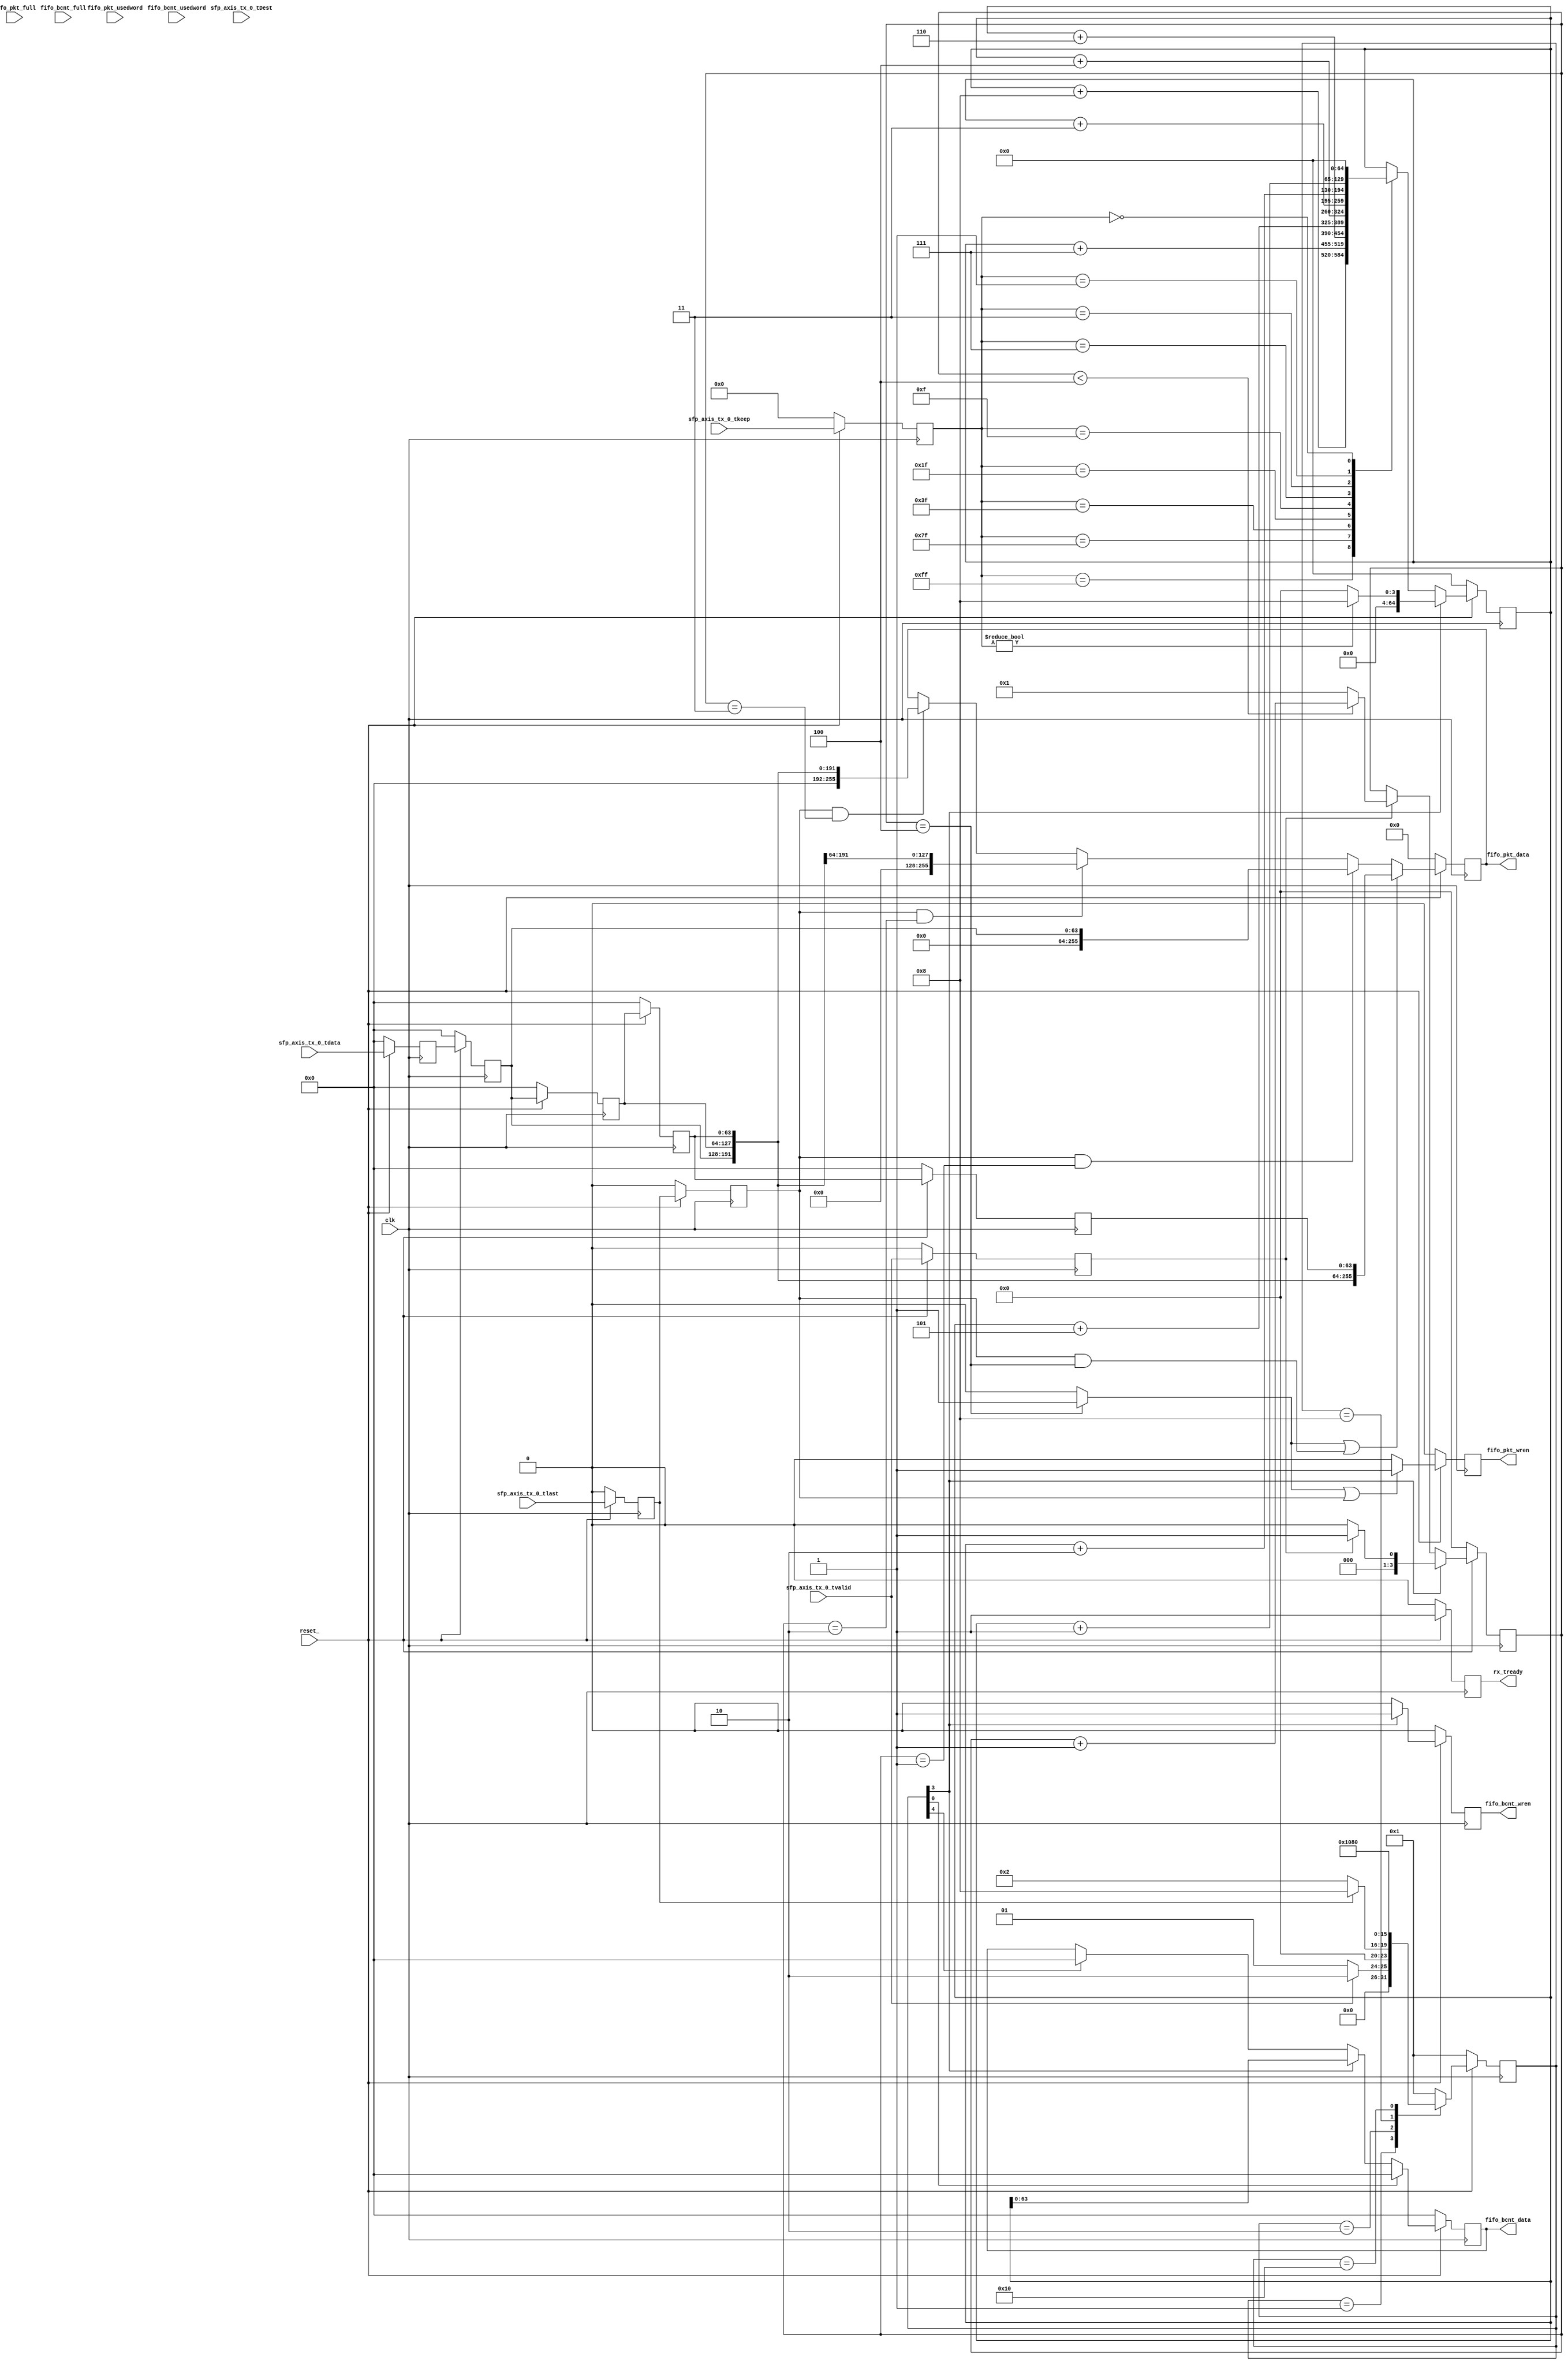
//****************************************************************
// December 6, 2022
//
// Licensed to the Apache Software Foundation (ASF) under one
// or more contributor license agreements.  See the NOTICE file
// distributed with this work for additional information
// regarding copyright ownership.  The ASF licenses this file
// to you under the Apache License, Version 2.0 (the
// "License"); you may not use this file except in compliance
// with the License.  You may obtain a copy of the License at
//
//   http://www.apache.org/licenses/LICENSE-2.0
//
// Unless required by applicable law or agreed to in writing,
// software distributed under the License is distributed on an
// "AS IS" BASIS, WITHOUT WARRANTIES OR CONDITIONS OF ANY
// KIND, either express or implied.  See the License for the
// specific language governing permissions and limitations
// under the License.
//
// Date: N/A
// Project: OmniXtend Core
// Comments: N/A
//
//********************************
// File history:
//   N/A
//****************************************************************

`timescale 1ns / 1ps



module NETE_RX(
        input               clk,
        input               reset_,

        //In from Endpoints
        input   [63:0]          sfp_axis_tx_0_tdata,
        input   [7:0]           sfp_axis_tx_0_tkeep,
        input                   sfp_axis_tx_0_tvalid,
        input                   sfp_axis_tx_0_tlast,
        input   [3:0]           sfp_axis_tx_0_tDest,

        output reg              rx_tready,

        //Out to LMAC RX Stand-in FIFOs
        output reg [255:0]      fifo_pkt_data,
        output reg              fifo_pkt_wren,
        input                   fifo_pkt_full,
        input      [6:0]        fifo_pkt_usedword,

        output reg [63:0]       fifo_bcnt_data,     // either be 62Byte or 70Byte: 6/7 qword = 48/56byte + 14byte of omi header. 70Byte is including CRC
        output reg              fifo_bcnt_wren,
        input                   fifo_bcnt_full,
        input      [6:0]        fifo_bcnt_usedword
    );

    parameter NETE_RX_IDLE = 8'h01;
    parameter NETE_RX_GET  = 8'h02;
    parameter NETE_RX_COMB = 8'h04;
    parameter NETE_RX_LAST = 8'h08;
    parameter NETE_RX_WAIT = 8'h10;
    parameter NETE_RX_DONE = 8'h80;

    parameter ALMOST_FULL_CONST  = 7'd64;      // 128-64, 2k / 32 = 64 left

    reg     [63:0]      data_buf;
    reg                 valid_buf;
    reg                 last_buf;
    reg     [7:0]       keep_buf;
    reg     [3:0]       dest_buf;

    reg     [63:0]      data_buf_1;
    reg     [63:0]      data_buf_2;
    reg     [63:0]      data_buf_3;
    reg     [63:0]      data_buf_4;

    reg                 last_buf_2;
    reg     [64:0]      bcnt_buf_2;

    reg     [7:0]       nete_rx_sm;

    wire                nete_rx_idle;
    wire                nete_rx_get;
    wire                nete_rx_comb;
    wire                nete_rx_last;
    wire                nete_rx_wait;
    wire                nete_rx_done;

    reg     [3:0]       get_cnt;                    // counter to 4 for each
    reg     [3:0]       comb_delay;                 // delay up to 4 to get
    wire                comb_ready;                 // got all 4 64bit data, ready to combine them into 256bit data
    wire                almost_full;                // high when fifo usedword reaches a number
    wire                busy;
    reg                 full_byte ;                 // high for last byte is full 8 byte


    // Testing registers
    reg     [21:0]      seq_number;                 // stores received seq num
    reg     [21:0]      ack_number;                 // stores received ack_num
    reg                 ack_nack;                   // ack or nack
    reg     [ 7:0]      valid_cnt;                  // count valid clock cycle
    reg     [63:0]      header_temp;                // stores TLoE Frame header
    reg     [ 2:0]      chan;
    reg     [ 2:0]      opcode;

    assign nete_rx_idle = nete_rx_sm[0];
    assign nete_rx_get  = nete_rx_sm[1];
    assign nete_rx_comb = nete_rx_sm[2];
    assign nete_rx_last = nete_rx_sm[3];
    assign nete_rx_wait = nete_rx_sm[4];
    assign nete_rx_done = nete_rx_sm[7];

    assign comb_ready   = ((get_cnt == 4'd4) ? 1'b1 : 1'b0) ;
    assign almost_full  = ((fifo_pkt_usedword >= ALMOST_FULL_CONST) ? 1'b1 : 1'b0) ;
//  assign comb_ready   = (!reset_) ? 1'b0 : ((get_cnt == 4'd4) ? 1'b1 : 1'b0) ;
//  assign almost_full  = (!reset_) ? 1'b0 : ((fifo_pkt_usedword >= ALMOST_FULL_CONST) ? 1'b1 : 1'b0) ;
    assign busy         = (nete_rx_get | nete_rx_last | nete_rx_wait) ? 1'b1 : 1'b0 ;

    //NETE_RX_SM Next State Logic (Flow)
    always@(posedge clk) begin
        if(!reset_) begin
            nete_rx_sm  <= NETE_RX_IDLE;
        end // if reset

        else begin
            case(nete_rx_sm)
                NETE_RX_IDLE    :   nete_rx_sm  <=  (sfp_axis_tx_0_tvalid) ? NETE_RX_GET : NETE_RX_IDLE ;
                NETE_RX_GET     :   nete_rx_sm  <=  (last_buf) ? NETE_RX_LAST : NETE_RX_GET ;
            //  NETE_RX_COMB    :   nete_rx_sm  <=  NETE_RX_WREN ;
                NETE_RX_LAST    :   nete_rx_sm  <=  NETE_RX_WAIT ;
                NETE_RX_WAIT    :   nete_rx_sm  <=  NETE_RX_DONE;
                NETE_RX_DONE    :   nete_rx_sm  <=  NETE_RX_IDLE ;
                default         :   nete_rx_sm  <=  NETE_RX_IDLE ;
            endcase
        end // else
    end // always

    //NETE_RX_SM Output Logic
    always@ (posedge clk) begin
        if(!reset_) begin
        //  get_cnt                 <= 4'b0 ;
            comb_delay              <= 4'b0 ;

        end // if reset_
        else begin
            case(nete_rx_sm)
                NETE_RX_IDLE: begin
                //  get_cnt         <=  4'b0 ;
                    comb_delay      <=  4'b0 ;
                end // idle

                NETE_RX_GET: begin
                //  get_cnt         <=  (get_cnt < 4'd4 && valid_buf) ? get_cnt + 4'd1 : 4'b0 ;
                end // get

                NETE_RX_COMB: begin
                //  get_cnt         <= 4'b0 ;
                end // comb

                NETE_RX_LAST: begin
                end // wren

                NETE_RX_WAIT: begin
                end // wait

                NETE_RX_DONE: begin
                end // done

            endcase
        end // else
    end // always


    // Combinational Logic
    always@(posedge clk) begin
        if(!reset_) begin
            data_buf    <= 64'b0;
            valid_buf   <= 1'b0;
            last_buf    <= 1'b0;
            keep_buf    <= 8'b0;
            dest_buf    <= 4'b0;

            rx_tready   <= 1'b0;

            data_buf_1  <= 64'b0;
            data_buf_2  <= 64'b0;
            data_buf_3  <= 64'b0;
            data_buf_4  <= 64'b0;

            get_cnt     <= 4'b0 ;

            fifo_pkt_wren   <= 1'b0;
            fifo_pkt_data   <= 256'b0;

            fifo_bcnt_wren  <= 1'b0;
            fifo_bcnt_data  <= 64'b0 ;
            bcnt_buf_2      <= 64'b0 ;
            last_buf_2      <= 1'b0 ;

            // test reg
            seq_number      <= 22'hf ;
            ack_number      <= 22'hf ;
            ack_nack        <= 1'b0 ;
            valid_cnt       <= 8'b0 ;
            header_temp     <= 64'b0 ;
            opcode          <= 3'b0 ;
            chan            <= 3'b0;
        end // if reset

        else begin
            data_buf    <= sfp_axis_tx_0_tdata;
            if(sfp_axis_tx_0_tvalid) begin
                if(sfp_axis_tx_0_tlast)  $display("=============> DATA_IN_FROM ENDPOINT LAST: %h <=============", sfp_axis_tx_0_tdata) ;
                else                     $display("=============> DATA_IN_FROM ENDPOINT: %h <=============", sfp_axis_tx_0_tdata) ;
            end
            valid_buf   <= sfp_axis_tx_0_tvalid;
            last_buf    <= sfp_axis_tx_0_tlast;
            keep_buf    <= sfp_axis_tx_0_tkeep;
            dest_buf    <= sfp_axis_tx_0_tDest;

            last_buf_2  <= last_buf;

            data_buf_1  <= data_buf;
            data_buf_2  <= data_buf_1;
            data_buf_3  <= data_buf_2;
            data_buf_4  <= data_buf_3;

        //  data_buf_1  <= (nete_rx_get) ? data_buf   : data_buf_1 ;
        //  data_buf_2  <= (nete_rx_get) ? data_buf_1 : data_buf_2 ;
        //  data_buf_3  <= (nete_rx_get) ? data_buf_2 : data_buf_3 ;
        //  data_buf_4  <= (nete_rx_get) ? data_buf_3 : data_buf_4 ;

        //  get_cnt     <= (|data_buf_1) ? (get_cnt < 4'd4 ) ? get_cnt + 4'd1 : 4'b1 : 4'b0 ;
           full_byte    <= (last_buf_2 && get_cnt == 4'd4) ? 1'b1 : 1'b0;

           get_cnt      <= (nete_rx_last) ? (valid_buf) ? 4'd1 : 4'b0 :
                           (!valid_buf) ? get_cnt :
                           (get_cnt < 4'd4 ) ? get_cnt + 4'd1 : 4'b1 ; //|| !last_buf_2


        //  get_cnt      <= valid_buf &  nete_rx_last ? (get_cnt + 4'd1) :
        //                  valid_buf & !nete_rx_last ? ((get_cnt < 4'd4) ? get_cnt + 4'd1 : 4'd1) :
        //                  4'd0 ;


            fifo_pkt_wren   <=  (comb_ready | last_buf_2) ? 1'b1 : 1'b0 ;
        //  fifo_pkt_data   <=  (comb_ready | last_buf_2) ? {data_buf_1, data_buf_2, data_buf_3, data_buf_4} : fifo_pkt_data ;
            fifo_pkt_data   <=  (comb_ready || (last_buf_2 && get_cnt == 4'd4)) ? {data_buf_1, data_buf_2, data_buf_3, data_buf_4} :
                                (last_buf_2 && get_cnt == 4'd1) ? {192'b0, data_buf_1}:
                                (last_buf_2 && get_cnt == 4'd2) ? {128'b0, data_buf_1, data_buf_2}:
                                (last_buf_2 && get_cnt == 4'd3) ? {64'b0, data_buf_1, data_buf_2, data_buf_3}:
                                fifo_pkt_data ;

            rx_tready       <=  (!almost_full) ? 1'b1 : 1'b0 ;  // & nete_rx_idle
            rx_tready       <=  1'b1 ;  // & nete_rx_idle
           
            if(nete_rx_last) begin
                bcnt_buf_2 <= (keep_buf) ? 64'd8 : 64'b0;
            end
            else begin
                case(keep_buf)
                    8'b1111_1111    :   bcnt_buf_2 <= bcnt_buf_2 + 64'd8 ;
                    8'b0111_1111    :   bcnt_buf_2 <= bcnt_buf_2 + 64'd7 ;
                    8'b0011_1111    :   bcnt_buf_2 <= bcnt_buf_2 + 64'd6 ;
                    8'b0001_1111    :   bcnt_buf_2 <= bcnt_buf_2 + 64'd5 ;
                    8'b0000_1111    :   bcnt_buf_2 <= bcnt_buf_2 + 64'd4 ;
                    8'b0000_0111    :   bcnt_buf_2 <= bcnt_buf_2 + 64'd3 ;
                    8'b0000_0011    :   bcnt_buf_2 <= bcnt_buf_2 + 64'd2 ;
                    8'b0000_0001    :   bcnt_buf_2 <= bcnt_buf_2 + 64'd1 ;
                    8'b0000_0000    :   bcnt_buf_2 <= 64'b0 ;
                endcase
            end

            fifo_bcnt_data  <= (nete_rx_idle) ? 64'b0 :
                               (nete_rx_last) ? bcnt_buf_2 :
                               (nete_rx_wait) ? 64'b0 : fifo_bcnt_data ;
                               
            fifo_bcnt_wren  <= (nete_rx_last) ? 1'b1 : 1'b0 ;

            //testing reg
        // header_temp      <= (valid_cnt == 8'd1) ? {sfp_axis_tx_0_tdata[7:0], sfp_axis_tx_0_tdata[15:8]} :
        //                     (valid_cnt == 8'd2) ? {header_temp[15:0], sfp_axis_tx_0_tdata[7:0], sfp_axis_tx_0_tdata[15:8], sfp_axis_tx_0_tdata[23:16], sfp_axis_tx_0_tdata[31:24], sfp_axis_tx_0_tdata[39:32], sfp_axis_tx_0_tdata[47:40]} :
        //                     header_temp ;
        // header_temp      <= (fifo_pkt_wren & nete_rx_get) ? {fifo_pkt_data[175:112]} : header_temp;
           header_temp      <= (fifo_pkt_wren & nete_rx_get) ? {fifo_pkt_data[119:112],
                                                                fifo_pkt_data[127:120],
                                                                fifo_pkt_data[135:128],
                                                                fifo_pkt_data[143:136],
                                                                fifo_pkt_data[151:144],
                                                                fifo_pkt_data[159:152],
                                                                fifo_pkt_data[167:160],
                                                                fifo_pkt_data[175:168]} : header_temp;
            seq_number      <= header_temp[53:32] ;
            ack_number      <= header_temp[31:10] ;
            ack_nack        <= header_temp[9] ;
            opcode          <= fifo_pkt_data[179:177];
            chan            <= fifo_pkt_data[182:180] ;
        //  valid_cnt       <= (sfp_axis_tx_0_tvalid && !nete_rx_done) ? valid_cnt + 8'd1 : 8'b0 ;
        end // else
    end // always

    reg [4*8-1:0]    ascii_nete_rx_sm;
    always@(nete_rx_sm) begin
        case(nete_rx_sm)
            NETE_RX_IDLE    :   ascii_nete_rx_sm = "IDLE" ;
            NETE_RX_GET     :   ascii_nete_rx_sm = "GET " ;
            NETE_RX_COMB    :   ascii_nete_rx_sm = "COMB" ;
            NETE_RX_LAST    :   ascii_nete_rx_sm = "LAST" ;
            NETE_RX_WAIT    :   ascii_nete_rx_sm = "WAIT" ;
            NETE_RX_DONE    :   ascii_nete_rx_sm = "DONE" ;
        endcase
    end // always
endmodule